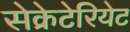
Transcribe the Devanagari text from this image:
सेक्रेटेरियेट